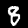
Label: 8